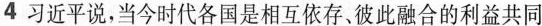
4 习近平说，当今时代各国是相互依存、彼此融合的利益共同